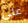
على